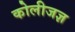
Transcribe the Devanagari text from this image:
कोलीजज्ञ